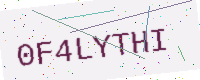
Text: 0F4LYTHI